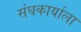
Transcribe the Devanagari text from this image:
संघकार्याला